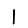
Digit: 1